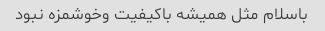
باسلام مثل همیشه باکیفیت وخوشمزه نبود